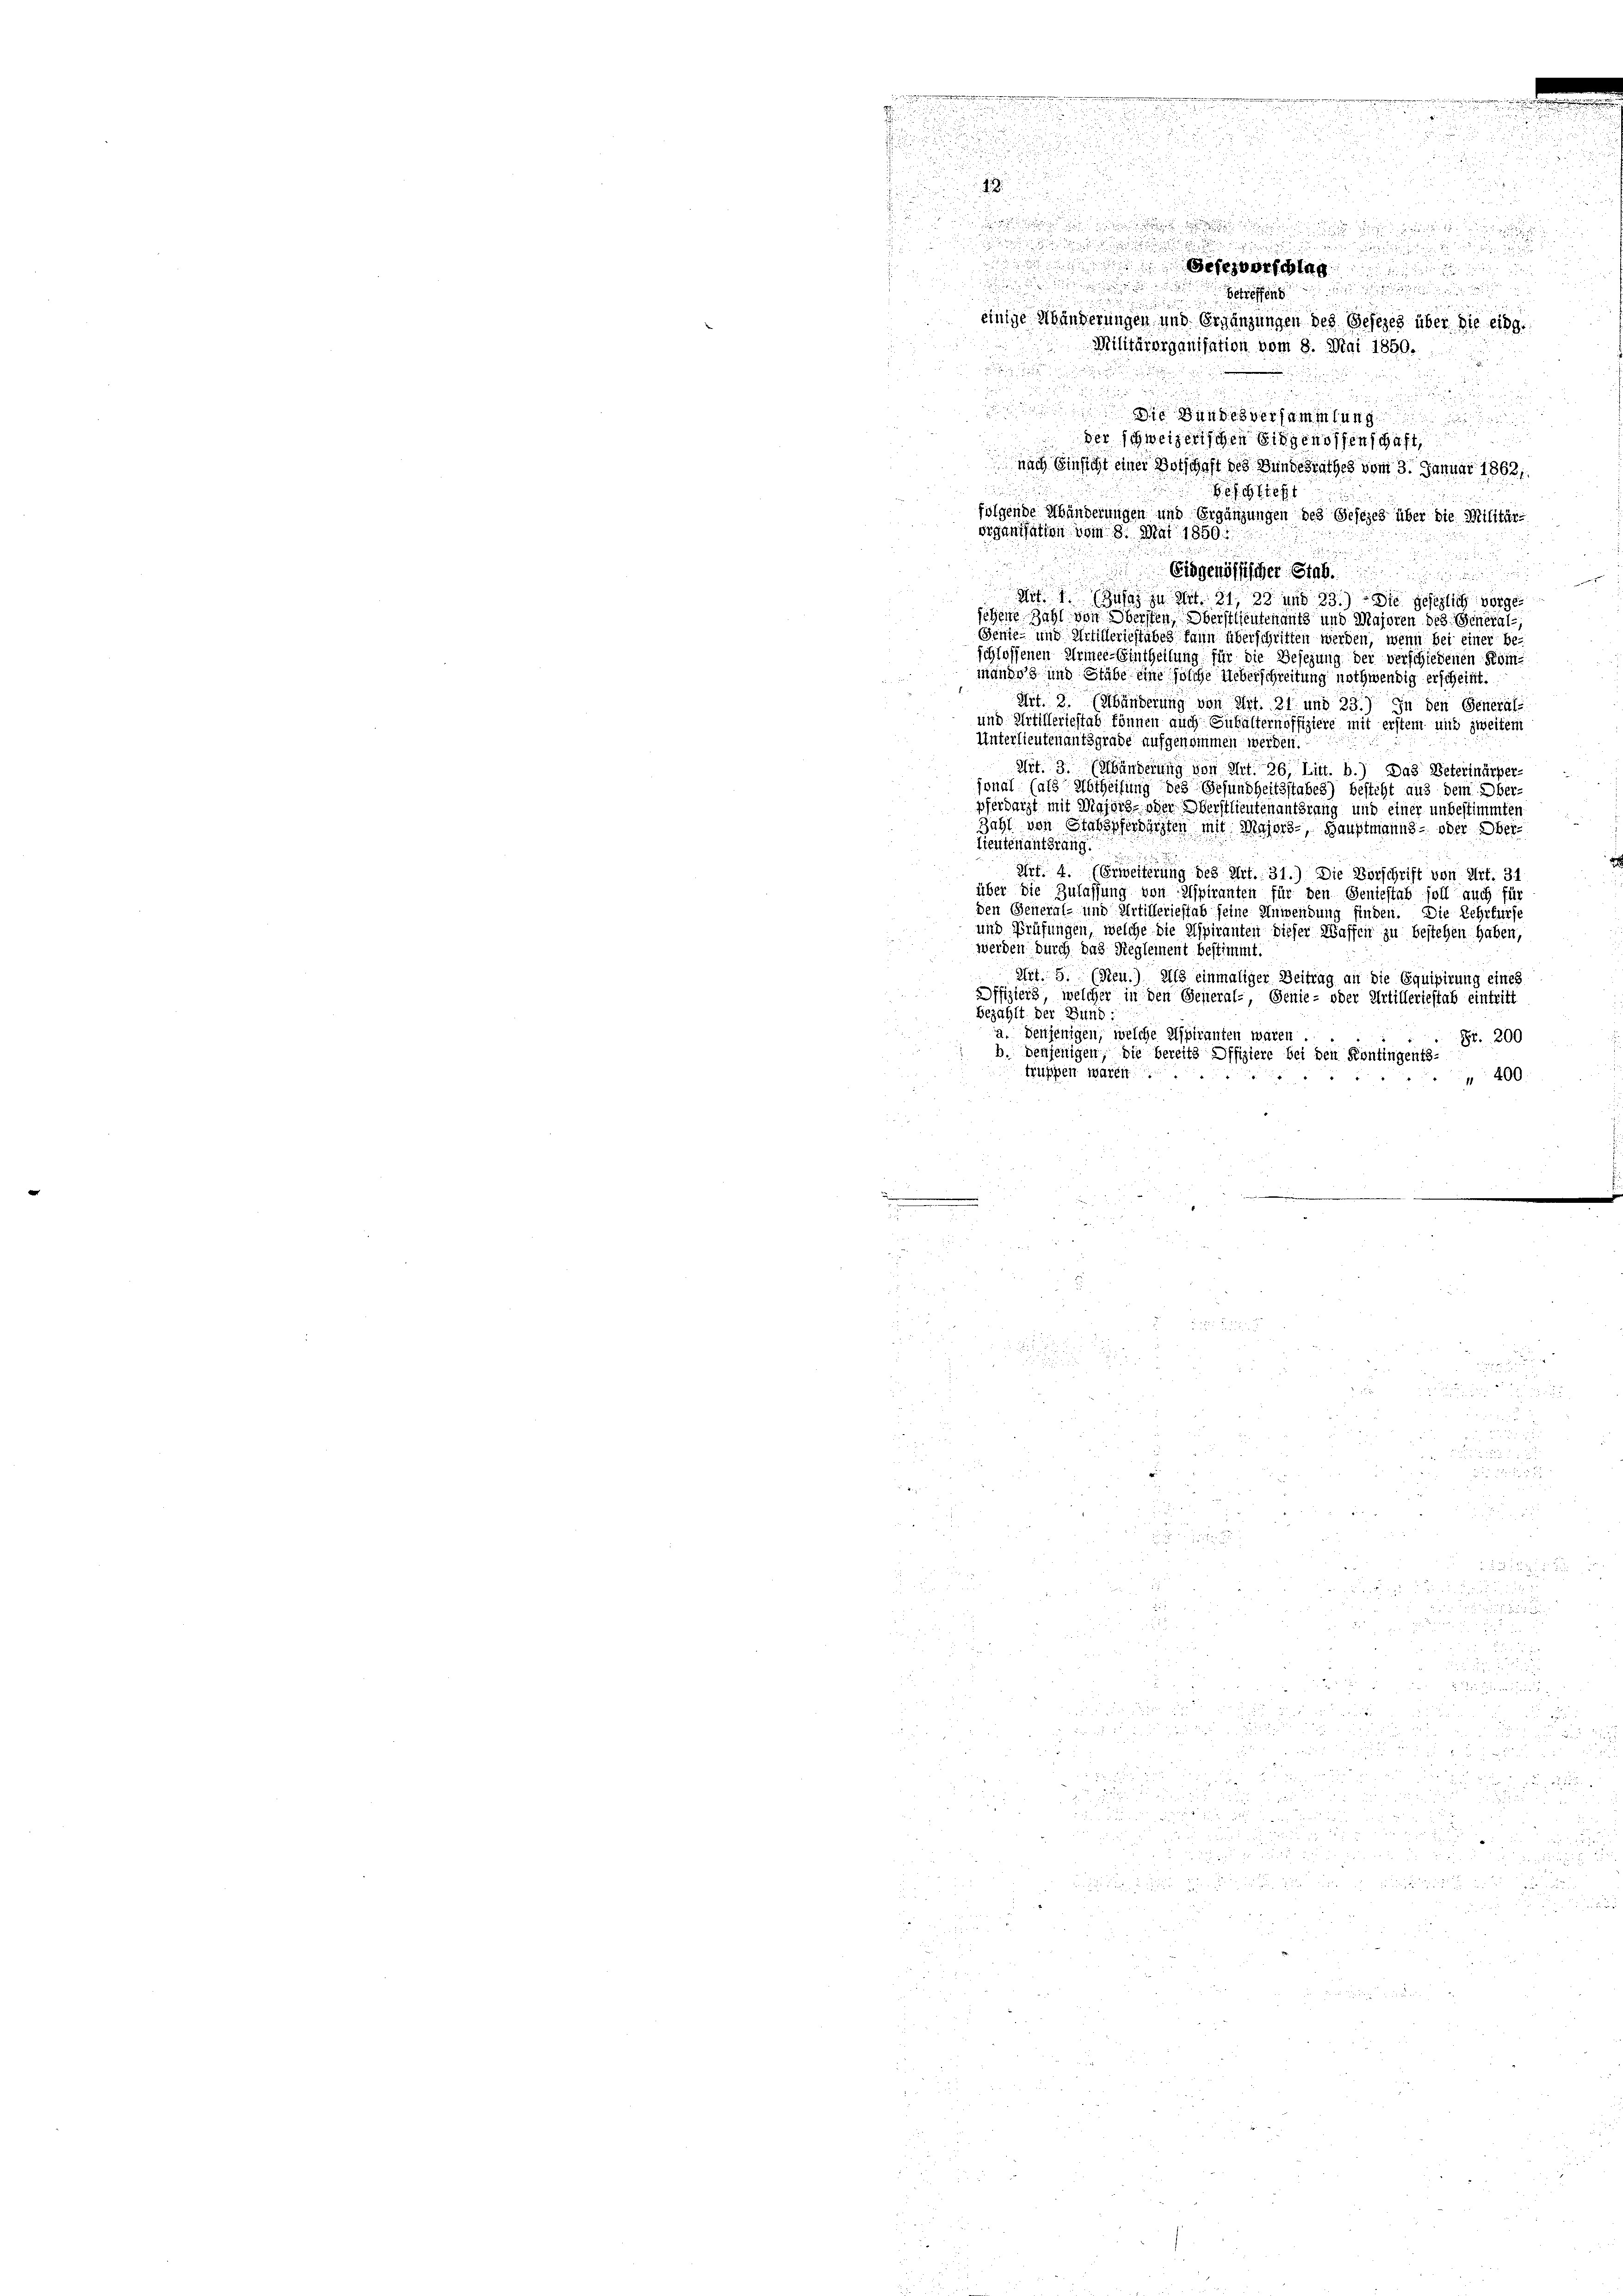
u
1

i
.
etag

Betreffen

einige Abänderungen und Ergänzungen des Gesezes über die eidg.
Militärorganisation vom 8. Mai 1850.

 die Sandesversammlung der
der schweizerischen Eidgenossenschaft
nach Einsicht einer Vorschaft des Bundesrathes vom 3. Januar 1862.
. . . . 1874
folgende Abänderungen und Ergänzungen des Gesezes über die Militär-
organisation vom 8. Mai 1850.
i
Eidgenössischer Stab.

Art. 1. hujus zu Art. 31, 22 und 83.) Die gesezlich vorgesehene Zahl von Obersten, Oberstlieutenants und Majoren des General-
Genie- und Artilleriestabes kann überschriften werden, wenn bei einer be-
schlossenen Armee-Eintheilung für die Besezung der verschiedenen Kommande und Stäbe eine solche Ueberschreitung nothwendig erscheint.
Art. 3. (Mänderung von Art. 31 und 23.) In den Generals
und Artilleriestab können auch Subalternoffiziere mit erstem und zweitem
Unterlieutenaufsgrade aufgenommen werden.
Art. 3. (Abänderung von Art. 26, Litt. b.) Das Peterinärper
jonal (als Abtheilung des Gesundheitsstabes) besteht aus dem Ober-
pferdacht mit Wiesorg- oder Oberstlieutenantsrang und einer unbestimmten
Zahl von Stabspferkürzten mit Majors-, Hauptmanns- oder Ober¬
Lieutenantsrang.
Art. 4. (Erweiterung des Art. 31.) Die Vorschrift von Art. 31
über die Zulassung von Aspiranten für den Geniestab soll auch für
den General- und Artillerieffab seine Anwendung finden. Die Lehrfürse
und Prüfungen, welche die Aspiranten dieser Waffen zu bestehen haben,
werden durch das Reglement bestimmt.
Art. 5. (Neu.) Als einmaliger Beitrag an die Equipirung eines
Offiziers, welcher in den General- Genie- oder Artilleriestab eintritt
bezahlt. Der Bund:
Denjenigen, welche Aspiranten waren
Fr. 200
b. denjenigen, die bereits Offiziere bei den Kontingents-
truppen waren.
400.
.
n

d

i
.
d

 x 2
5

d
 535

2 Eier de

e
u
.